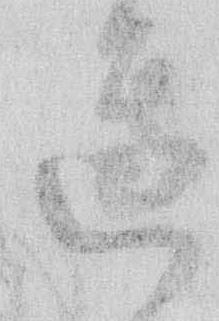
辺